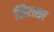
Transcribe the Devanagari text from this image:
सिरासर